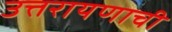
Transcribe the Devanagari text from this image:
उत्तरायणाची